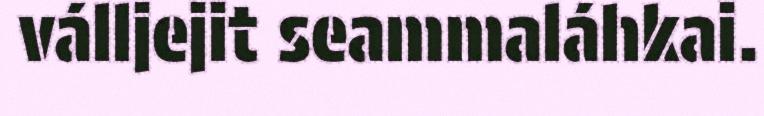
válljejit seammaláhkai.